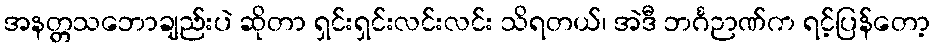
အနတ္တသဘောချည်းပဲ ဆိုတာ ရှင်းရှင်းလင်းလင်း သိရတယ်၊ အဲဒီ ဘင်္ဂဉာဏ်က ရင့်ပြန်တော့